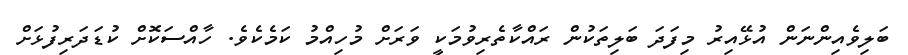
ބަލިވެއިންނަން އުޅޭއިރު މިފަދަ ބަލިތަކުން ރައްކާތެރިވުމަކީ ވަރަށް މުހިއްމު ކަމެކެވެ. ހާއްސަކޮށް ކުޑަދަރިފުޅަށް